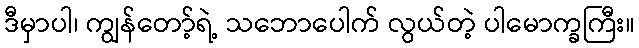
ဒီမှာပါ၊ ကျွန်တော့်ရဲ့ သဘောပေါက် လွယ်တဲ့ ပါမောက္ခကြီး။